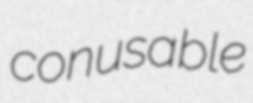
conusable